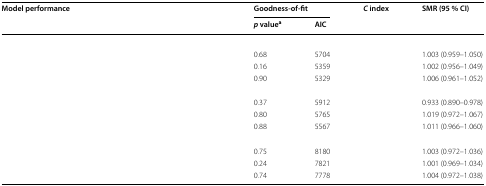
<table><thead><tr><td rowspan="2"><b>Model performance</b></td><td colspan="2"><b>Goodness-of-fit</b></td><td rowspan="2"><b><i>C</i> index</b></td><td rowspan="2"><b>SMR (95 % CI)</b></td></tr><tr><td><b><i>p</i> value<sup>a</sup></b></td><td><b>AIC</b></td></tr></thead><tbody><tr><td colspan="5">[EMPTY_CELL]</td></tr><tr><td>[EMPTY_CELL]</td><td>0.68</td><td>5704</td><td>[EMPTY_CELL]</td><td>1.003 (0.959–1.050)</td></tr><tr><td>[EMPTY_CELL]</td><td>0.16</td><td>5359</td><td>[EMPTY_CELL]</td><td>1.002 (0.956–1.049)</td></tr><tr><td>[EMPTY_CELL]</td><td>0.90</td><td>5329</td><td>[EMPTY_CELL]</td><td>1.006 (0.961–1.052)</td></tr><tr><td colspan="5">[EMPTY_CELL]</td></tr><tr><td>[EMPTY_CELL]</td><td>0.37</td><td>5912</td><td>[EMPTY_CELL]</td><td>0.933 (0.890–0.978)</td></tr><tr><td>[EMPTY_CELL]</td><td>0.80</td><td>5765</td><td>[EMPTY_CELL]</td><td>1.019 (0.972–1.067)</td></tr><tr><td>[EMPTY_CELL]</td><td>0.88</td><td>5567</td><td>[EMPTY_CELL]</td><td>1.011 (0.966–1.060)</td></tr><tr><td colspan="5">[EMPTY_CELL]</td></tr><tr><td>[EMPTY_CELL]</td><td>0.75</td><td>8180</td><td>[EMPTY_CELL]</td><td>1.003 (0.972–1.036)</td></tr><tr><td>[EMPTY_CELL]</td><td>0.24</td><td>7821</td><td>[EMPTY_CELL]</td><td>1.001 (0.969–1.034)</td></tr><tr><td>[EMPTY_CELL]</td><td>0.74</td><td>7778</td><td>[EMPTY_CELL]</td><td>1.004 (0.972–1.038)</td></tr></tbody></table>